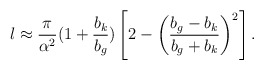
\begin{align*}l\approx\frac{\pi}{\alpha^{2}}(1+\frac{b_{k}}{b_{g}})\left[2-\left(\frac{b_{g}-b_{k}}{b_{g}+b_{k}}\right)^{2}\right]. \end{align*}